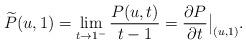
LaTeX: \begin{align*}\widetilde{P}(u,1) = \lim_{t \rightarrow 1^{-}} \frac{P(u,t)}{t-1} = \frac{\partial P}{\partial t}\big|_{(u,1)}.\end{align*}